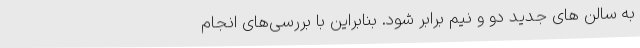
به سالن های جدید‌ دو و نیم برابر شود. بنابراین با بررسی‌های انجام